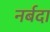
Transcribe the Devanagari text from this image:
नर्बदा